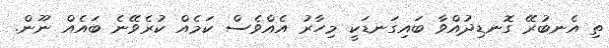
ތި އެނބުރޭ ގޮނޑިދުއްވާ ބައިގަނޑަކީ މިހާރު އެއްވެސް ކަމެއް ކުރެވޭނެ ބައެއް ނޫން.